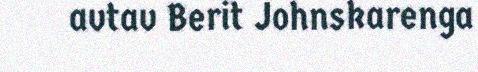
avtav Berit Johnskarenga